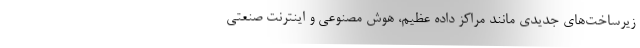
زیرساخت‌های جدیدی مانند مراکز داده عظیم، هوش مصنوعی و اینترنت صنعتی